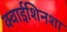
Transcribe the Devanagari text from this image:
क्वाईशिनशा